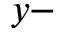
y -